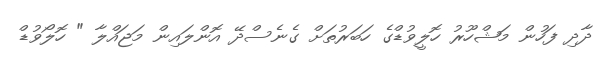
ދާދި ފަހުން މަޝްހޫރު ހޮލީވުޑްގެ ހަބަރުތަށް ގެނެސްދޭ އޮންލައިން މަޖައްލާ " ހޮލޯވުޑް